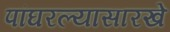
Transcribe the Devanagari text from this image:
पांघरल्यासारखे